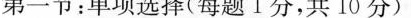
第一节:单项选择(每题1分,共10分)